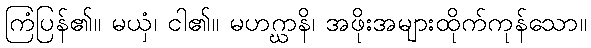
ကြံပြန်၏။ မယှံ၊ ငါ၏။ မဟဂ္ဃာနိ၊ အဖိုးအများထိုက်ကုန်သော။